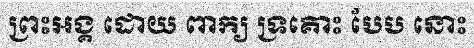
ព្រះអង្គ ដោយ ពាក្យ ទ្រគោះ បែប នោះ